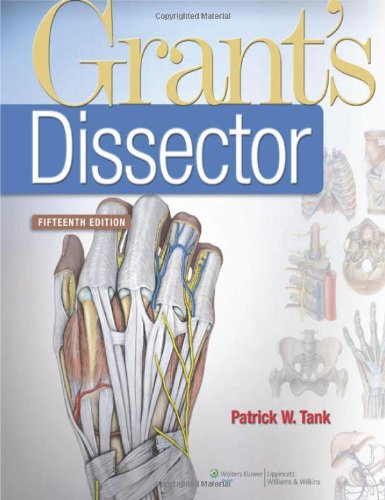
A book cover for Grant's Dissector (Tank, Grant's Dissector) 15th edition; Patrick W. Tank PhD; Test Preparation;